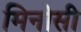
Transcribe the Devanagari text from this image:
मिनोसी